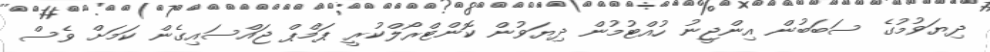
ދިޔަވުމުގެ ސަބަބުން އިންޖީނު ހުއްޓުމުން ދިޔަވުން ކޮންޓްރޯލްކުރީ ޕަމްޕް ޖައްސައިގެން ކަމަށް ވެސް